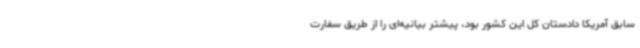
سابق آمریکا دادستان کل این کشور بود، پیشتر بیانیه‌ای را از طریق سفارت